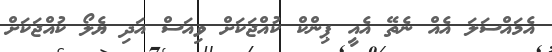
އެމައްސަލަ އެއް ނެތޭ އެއީ ޕިންކް ކުއްޖަކަށް ވިއަސް އަދި ޔެލޯ ކުއްޖަކަށް